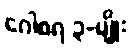
ဂေါစရ ၃-မျိုး